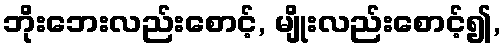
ဘိုးဘေးလည်းစောင့်, မျိုးလည်းစောင့်၍,